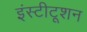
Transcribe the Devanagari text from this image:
इंस्टीटूशन